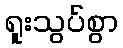
ရူးသွပ်စွာ